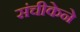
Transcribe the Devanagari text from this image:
संचीकेने